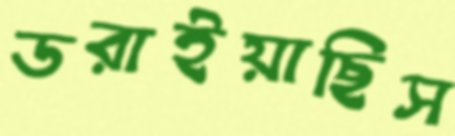
ডরাইয়াছিস